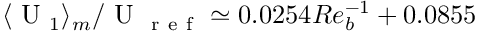
\langle \mathrm { ~ U ~ } _ { 1 } \rangle _ { m } / \mathrm { ~ U ~ } _ { \mathrm { ~ r ~ e ~ f ~ } } \simeq 0 . 0 2 5 4 R e _ { b } ^ { - 1 } + 0 . 0 8 5 5